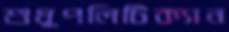
শুধুপলিটিক্যান